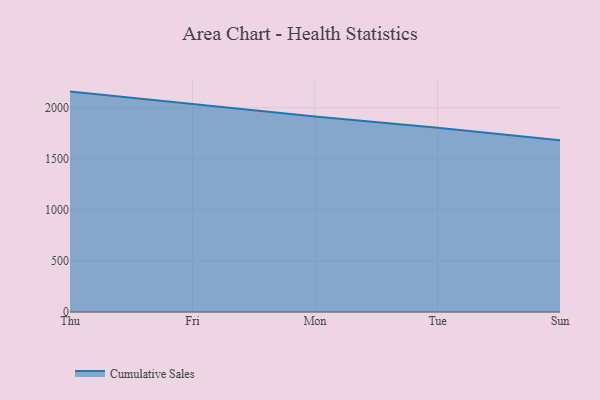
{"axis": {"x": "Day", "y": "LTV (USD)"}, "legend": ["Cumulative Sales"], "data": [{"x": "Thu", "y": 2157.2, "type": "Cumulative Sales"}, {"x": "Fri", "y": 2038.2, "type": "Cumulative Sales"}, {"x": "Mon", "y": 1914.3, "type": "Cumulative Sales"}, {"x": "Tue", "y": 1804.1, "type": "Cumulative Sales"}, {"x": "Sun", "y": 1680.8, "type": "Cumulative Sales"}]}